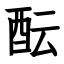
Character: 酝